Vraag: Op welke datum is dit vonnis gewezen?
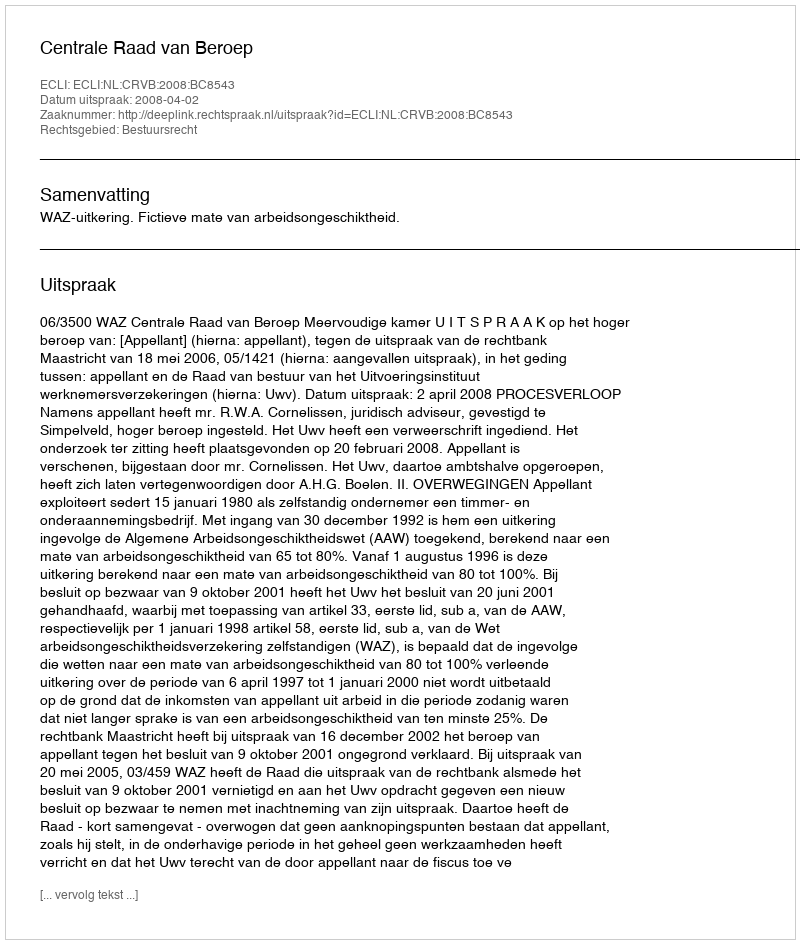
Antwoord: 2008-04-02